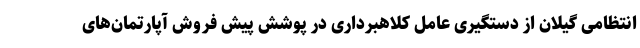
انتظامی گیلان از دستگیری عامل کلاهبرداری در پوشش پیش فروش آپارتمان‌های